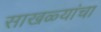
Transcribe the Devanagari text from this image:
साखळ्यांचा